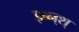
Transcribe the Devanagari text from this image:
इब्न्‌श्